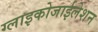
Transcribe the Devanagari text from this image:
ग्लाइकोजाईलेशन